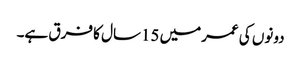
دونوں کی عمرمیں 15سال کا فرق ہے۔